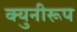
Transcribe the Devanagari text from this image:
क्युनीरूप